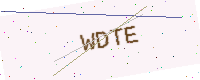
Text: WDTE